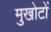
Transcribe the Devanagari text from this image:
मुखोटों